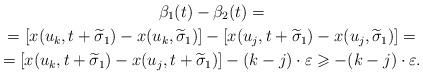
LaTeX: \begin{gather*}\beta_1(t)-\beta_2(t)=\\=[x(u_k,t+\widetilde{\sigma}_1)-x(u_k,\widetilde{\sigma}_1)]- [x(u_j,t+\widetilde{\sigma}_1)-x(u_j,\widetilde{\sigma}_1)]=\\=[x(u_k,t+\widetilde{\sigma}_1)-x(u_j,t+\widetilde{\sigma}_1)]-(k-j) \cdot \varepsilon\geqslant -(k-j) \cdot \varepsilon.\end{gather*}